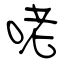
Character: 咾